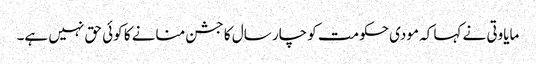
مایاوتی نے کہا کہ مودی حکومت کو چار سال کا جشن منانے کا کوئی حق نہیں ہے۔